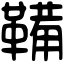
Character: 鞴